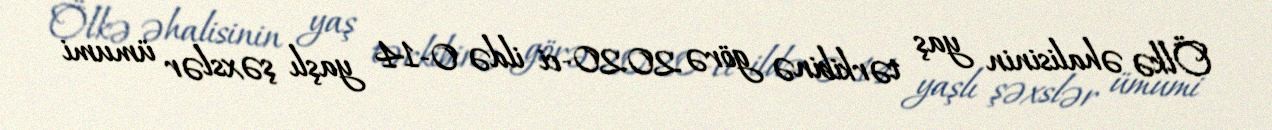
Ölkə əhalisinin yaş tərkibinə görə 2020-ci ildə 0-14 yaşlı şəxslər ümumi